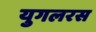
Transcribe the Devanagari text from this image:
युगलरस